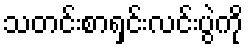
သတင်းစာရှင်းလင်းပွဲကို